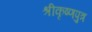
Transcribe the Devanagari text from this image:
श्रीकृष्णपुत्र